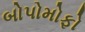
બોપોમોફો